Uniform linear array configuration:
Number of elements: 24
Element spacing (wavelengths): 0.25
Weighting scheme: kaiser
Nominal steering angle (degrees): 15
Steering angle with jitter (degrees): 13.336
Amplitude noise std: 0.05
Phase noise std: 0.05

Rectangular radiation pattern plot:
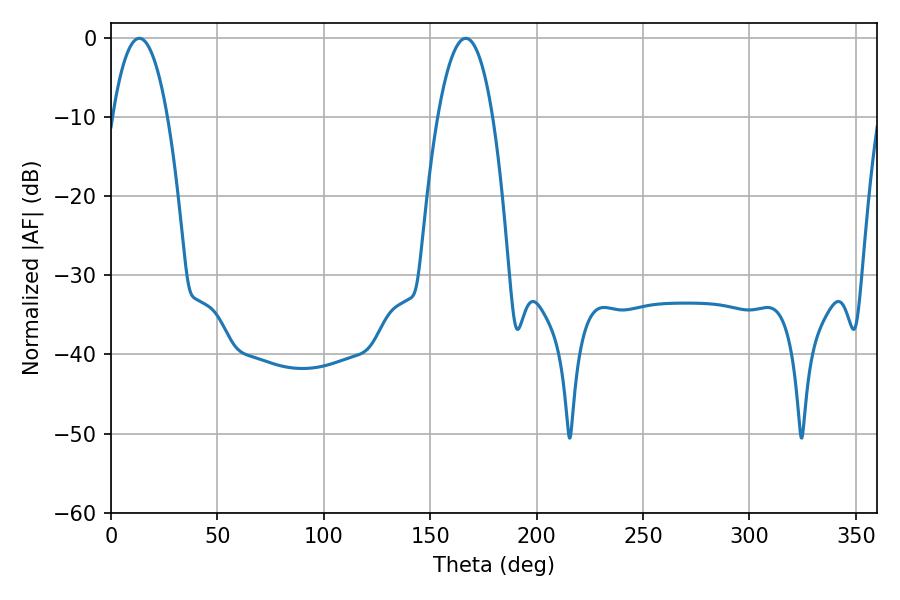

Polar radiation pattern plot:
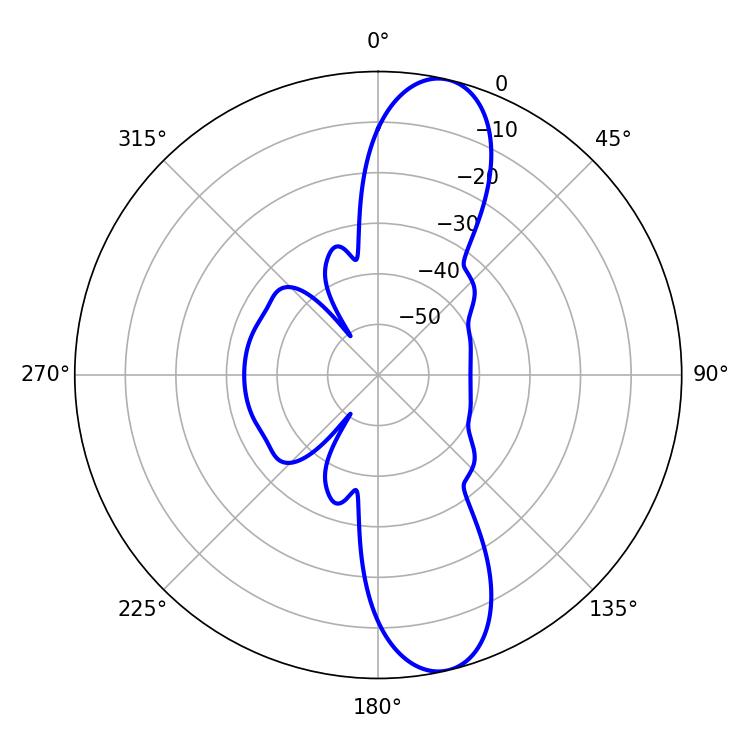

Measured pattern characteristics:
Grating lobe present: FALSE
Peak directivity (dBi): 12.102
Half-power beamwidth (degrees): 14.22
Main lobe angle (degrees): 13.32